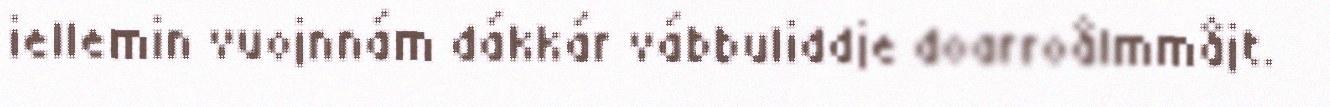
iellemin vuojnnám dákkár vábbuliddje doarroålmmåjt.